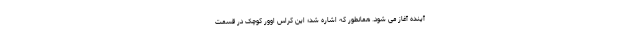
آینده آغاز می شود. همانطور که اشاره شد؛ این کراس اوور کوچک در قسمت